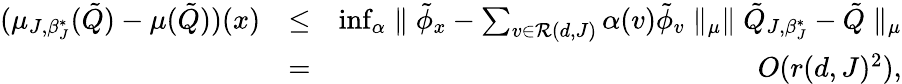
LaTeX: \begin{array}{rlr}{(\mu_{J,\beta_{J}^{*}}(\tilde{Q})-\mu(\tilde{Q}))(x)}&{\leq}&{\operatorname*{inf}_{\alpha}\parallel\tilde{\phi}_{x}-\sum_{v\in{\cal R}(d,J)}\alpha(v)\tilde{\phi}_{v}\parallel_{\mu}\parallel\tilde{Q}_{J,\beta_{J}^{*}}-\tilde{Q}\parallel_{\mu}}\\ &{=}&{O(r(d,J)^{2}),}\end{array}